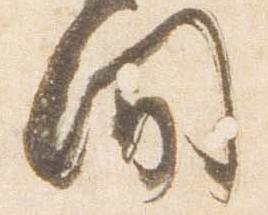
間